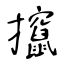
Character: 攛